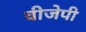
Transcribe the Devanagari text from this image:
वीजेपी